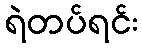
ရဲတပ်ရင်း